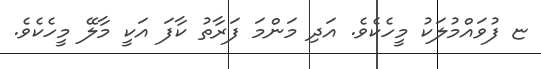
ޏ ފުވައްމުލަކު މީހެކެވެ. އަދި މަންމަ ފަރާތު ކާފަ އަކީ މާލޭ މީހެކެވެ.